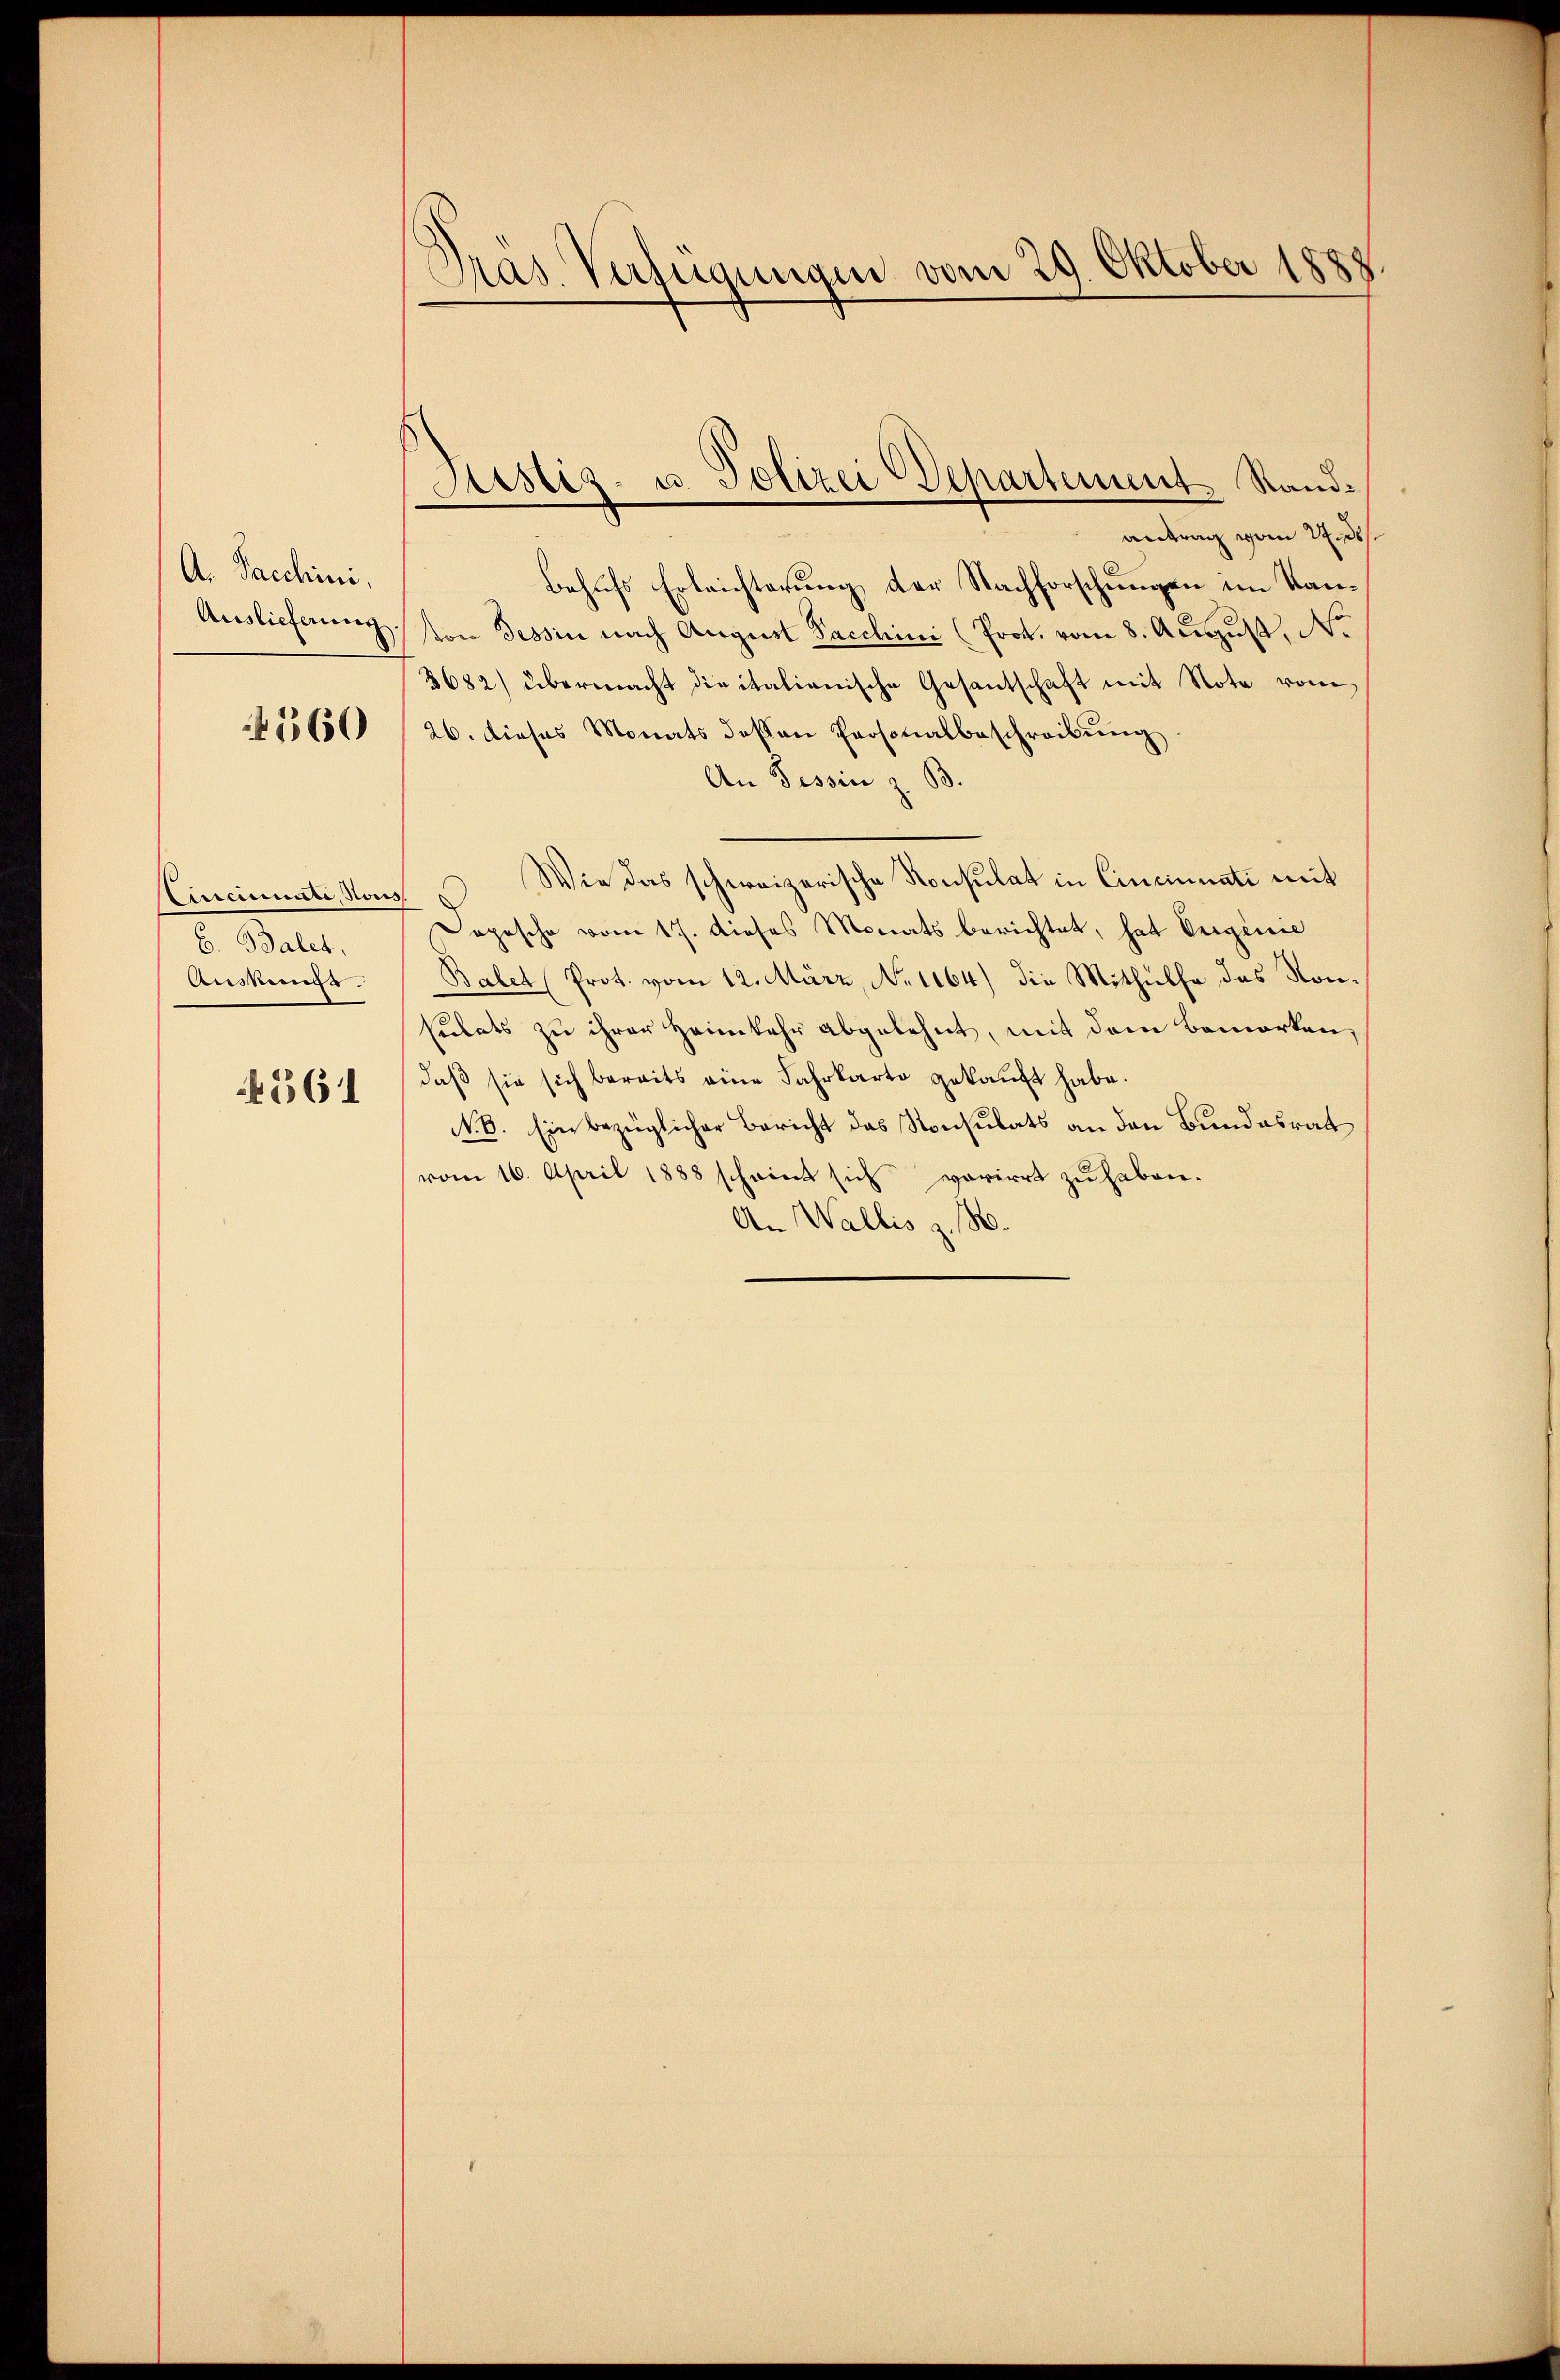
A. Pacchini,
Auslieferung

360

Cinciniste, Nous
E. Balet.
Auskungs

4561

Pras. Verfügungen vom 29. Oktober 1888

Justiz- u. Polizei Departement. Stand¬

antrag vom 22. ds.
Behufs Erleichterung der Nachforschungen im Kanton Tessin nach August Sacchini (Prot. vom 8. August, No
3682) übermacht die italienische Gesantschaft mit Note vom
26. dieses Monats dessen Personalbeschreibŭng
An Tessin z. B.
Wie das schweizerische Konsulat in Cincinnati mit
f
Depesche vom 17. dieses Monats berichtet, hat Eriginie
Balet (Prot. vom 12. März, No 1164) die Mithülfe des Konsulats zu ihrer Heimkehr abgelehnt, mit dem Bemerken,
daβ sie sich bereits eine Fahrkarto gekaŭft habe.
No. 6. Ein bezüglicher Bericht das Konsulats an den Bundesrat
vom 16. April 1888 scheint sich voriert zu haben.
An Wallis z. B.